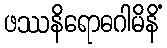
ဖဿနိရောဓဂါမိနိံ